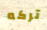
تركه